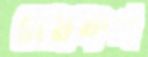
রামফল